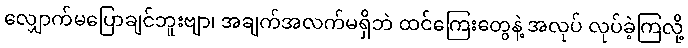
လျှောက်မပြောချင်ဘူးဗျာ၊ အချက်အလက်မရှိဘဲ ထင်ကြေးတွေနဲ့ အလုပ် လုပ်ခဲ့ကြလို့